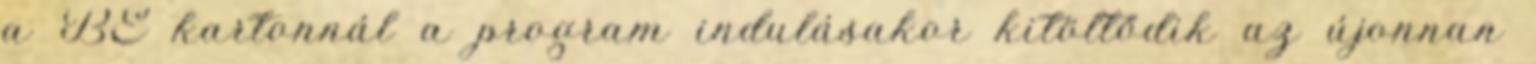
a BE kartonnál a program indulásakor kitöltődik az újonnan